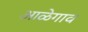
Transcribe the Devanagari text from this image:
आळेगाव